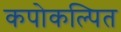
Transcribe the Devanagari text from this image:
कपोकल्पित